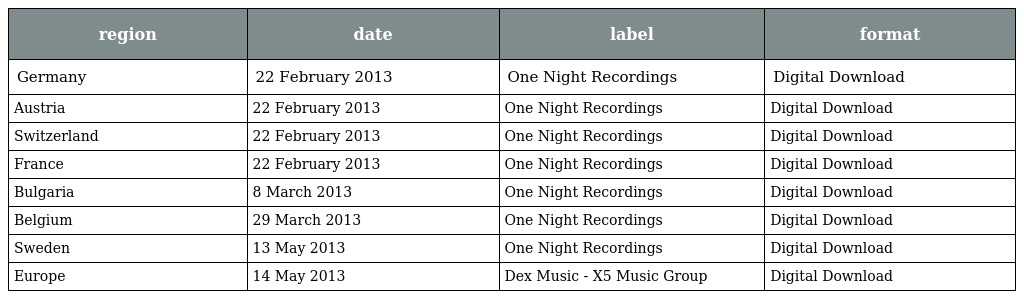
| region | date | label | format |
 | --- | --- | --- | --- |
 | Germany | 22 February 2013 | One Night Recordings | Digital Download |
 | Austria | 22 February 2013 | One Night Recordings | Digital Download |
 | Switzerland | 22 February 2013 | One Night Recordings | Digital Download |
 | France | 22 February 2013 | One Night Recordings | Digital Download |
 | Bulgaria | 8 March 2013 | One Night Recordings | Digital Download |
 | Belgium | 29 March 2013 | One Night Recordings | Digital Download |
 | Sweden | 13 May 2013 | One Night Recordings | Digital Download |
 | Europe | 14 May 2013 | Dex Music - X5 Music Group | Digital Download |